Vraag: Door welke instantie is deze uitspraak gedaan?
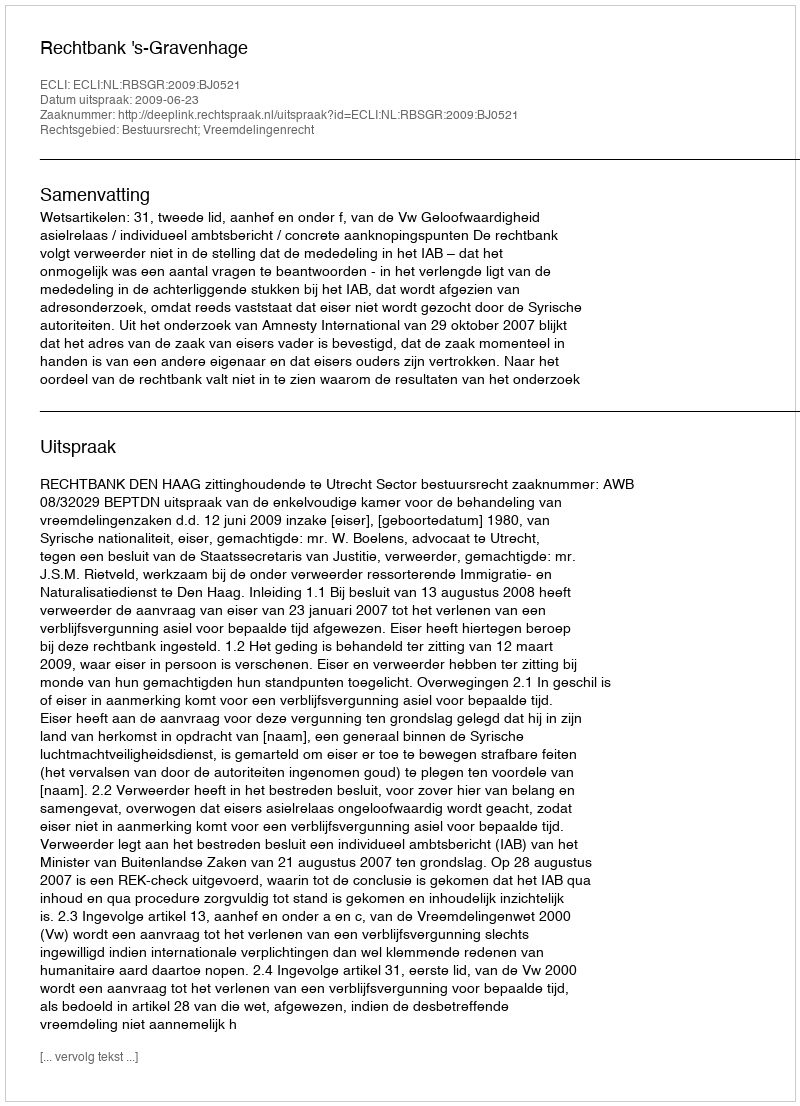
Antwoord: Rechtbank 's-Gravenhage